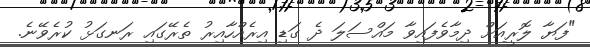
"ފަޔާ ލޮރީއަށް ދިމާވެފައިވާ މައްސަލަ ދެ ގަޑި އިރެއްހާއިރު ތެރޭގައި ރަނގަޅު ކުރެވޭނެ.